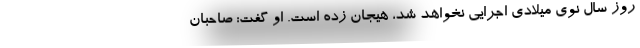
روز سال نوی میلادی اجرایی نخواهد شد، هیجان زده است. او گفت: صاحبان